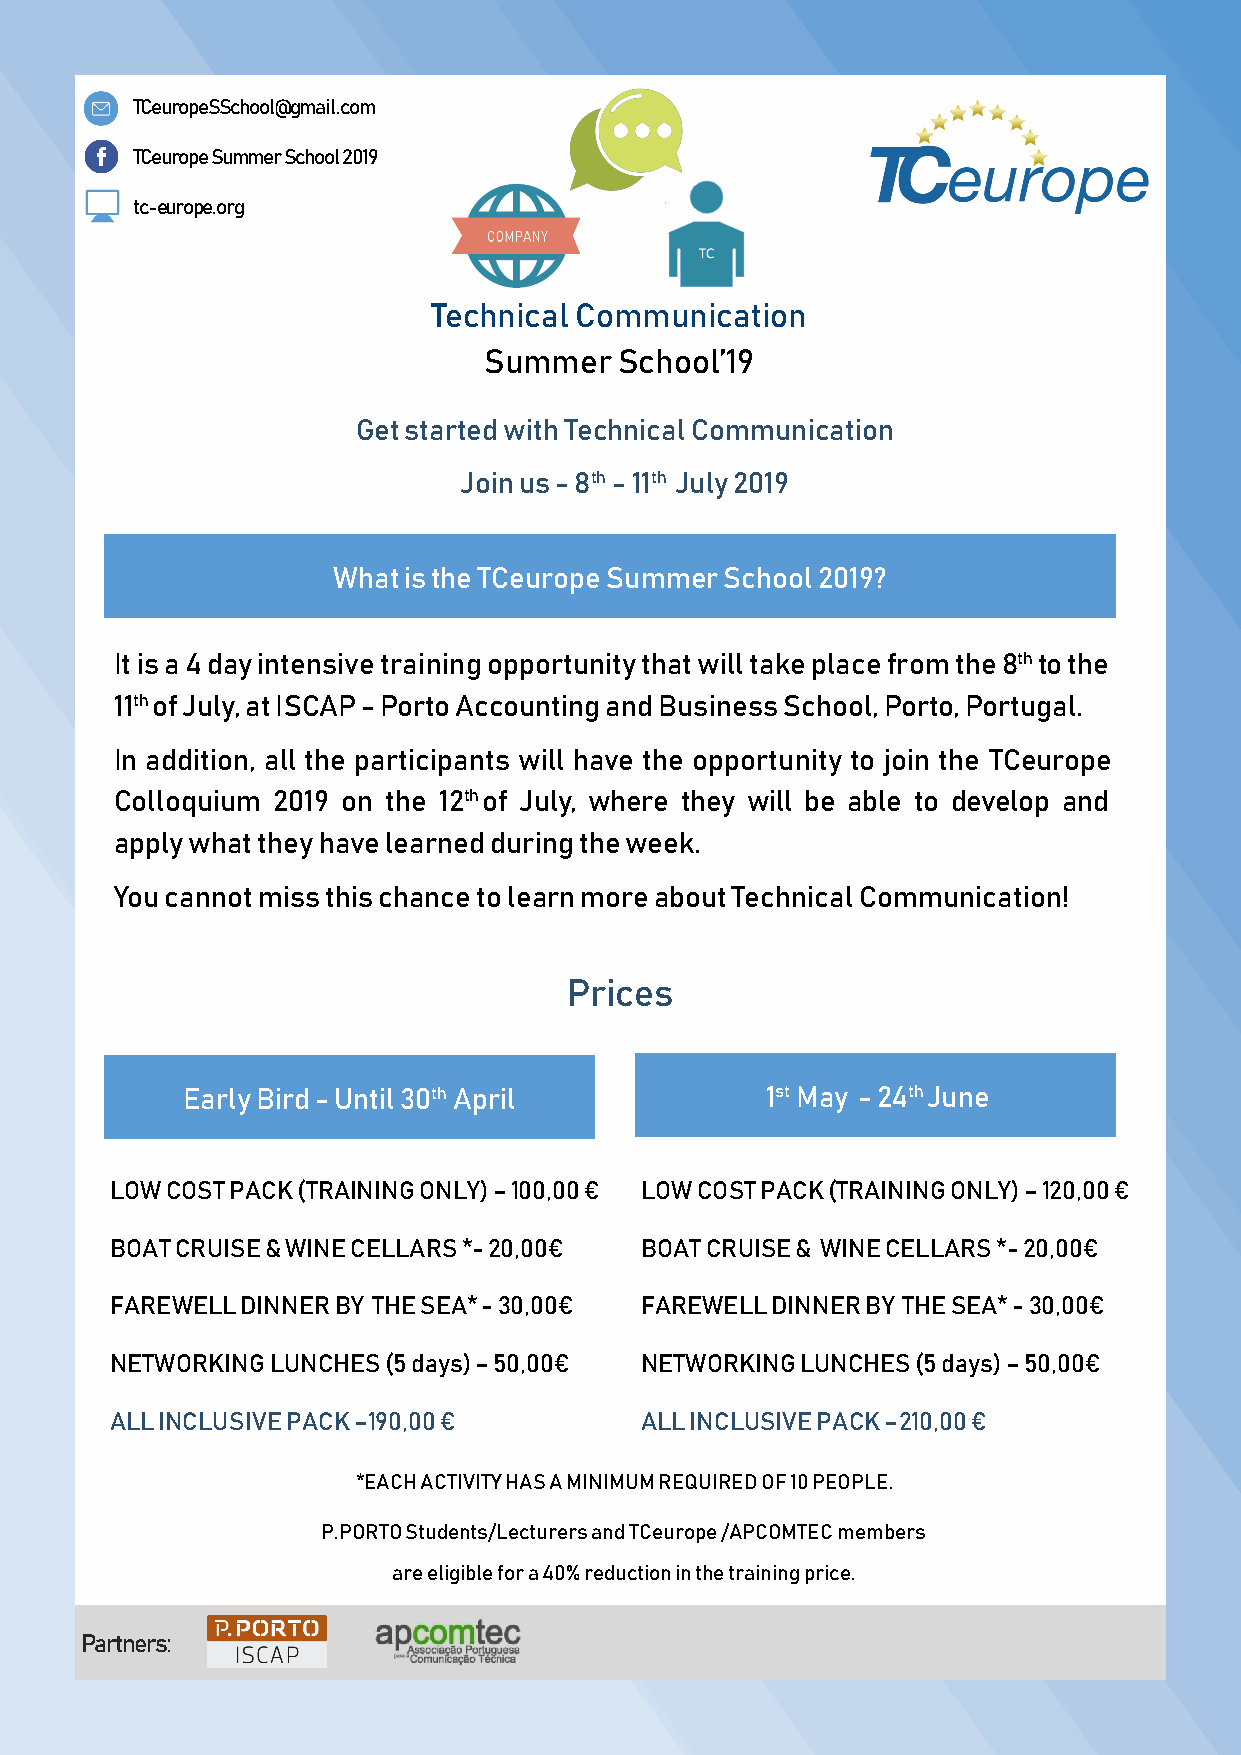
TCeuropeSSchool@gmail.com
 TCeurope Summer School 2019
 tc-europe.org
 Technical Communication
 Summer   School’19
 Get started with Technical Communication
 Join us - 8th - 11th July 2019
 What is the TCeurope Summer School 2019?
 It is a 4 day intensive training opportunity that will take place from the 8th to the
 11th of July, at ISCAP - Porto Accounting and Business School, Porto, Portugal.
 In addition, all the participants will have the opportunity to join the TCeurope
 Colloquium 2019 on the 12th of July, where they will be able to develop and
 apply what they have learned during the week.
 You cannot miss this chance to learn more about Technical Communication!
 Prices
 Early Bird - Until 30th April          1st May - 24th June
 LOW COST PACK (TRAINING ONLY) – 100,00 € LOW COST PACK (TRAINING ONLY) – 120,00 €
 BOAT CRUISE & WINE CELLARS *- 20,00€ BOAT CRUISE & WINE CELLARS *- 20,00€
 FAREWELL DINNER BY THE SEA* - 30,00€ FAREWELL DINNER BY THE SEA* - 30,00€
 NETWORKING LUNCHES (5 days) – 50,00€ NETWORKING LUNCHES (5 days) – 50,00€
 ALL INCLUSIVE PACK –190,00 €       ALL INCLUSIVE PACK –210,00 €
 *EACH ACTIVITY HAS A MINIMUM REQUIRED OF 10 PEOPLE.
 P.PORTO Students/Lecturers and TCeurope /APCOMTEC members
 are eligible for a 40% reduction in the training price.
 Partners: